65_HS1-834228961_62-HQ-83894_Section_9
Agency: FBI
Page 198
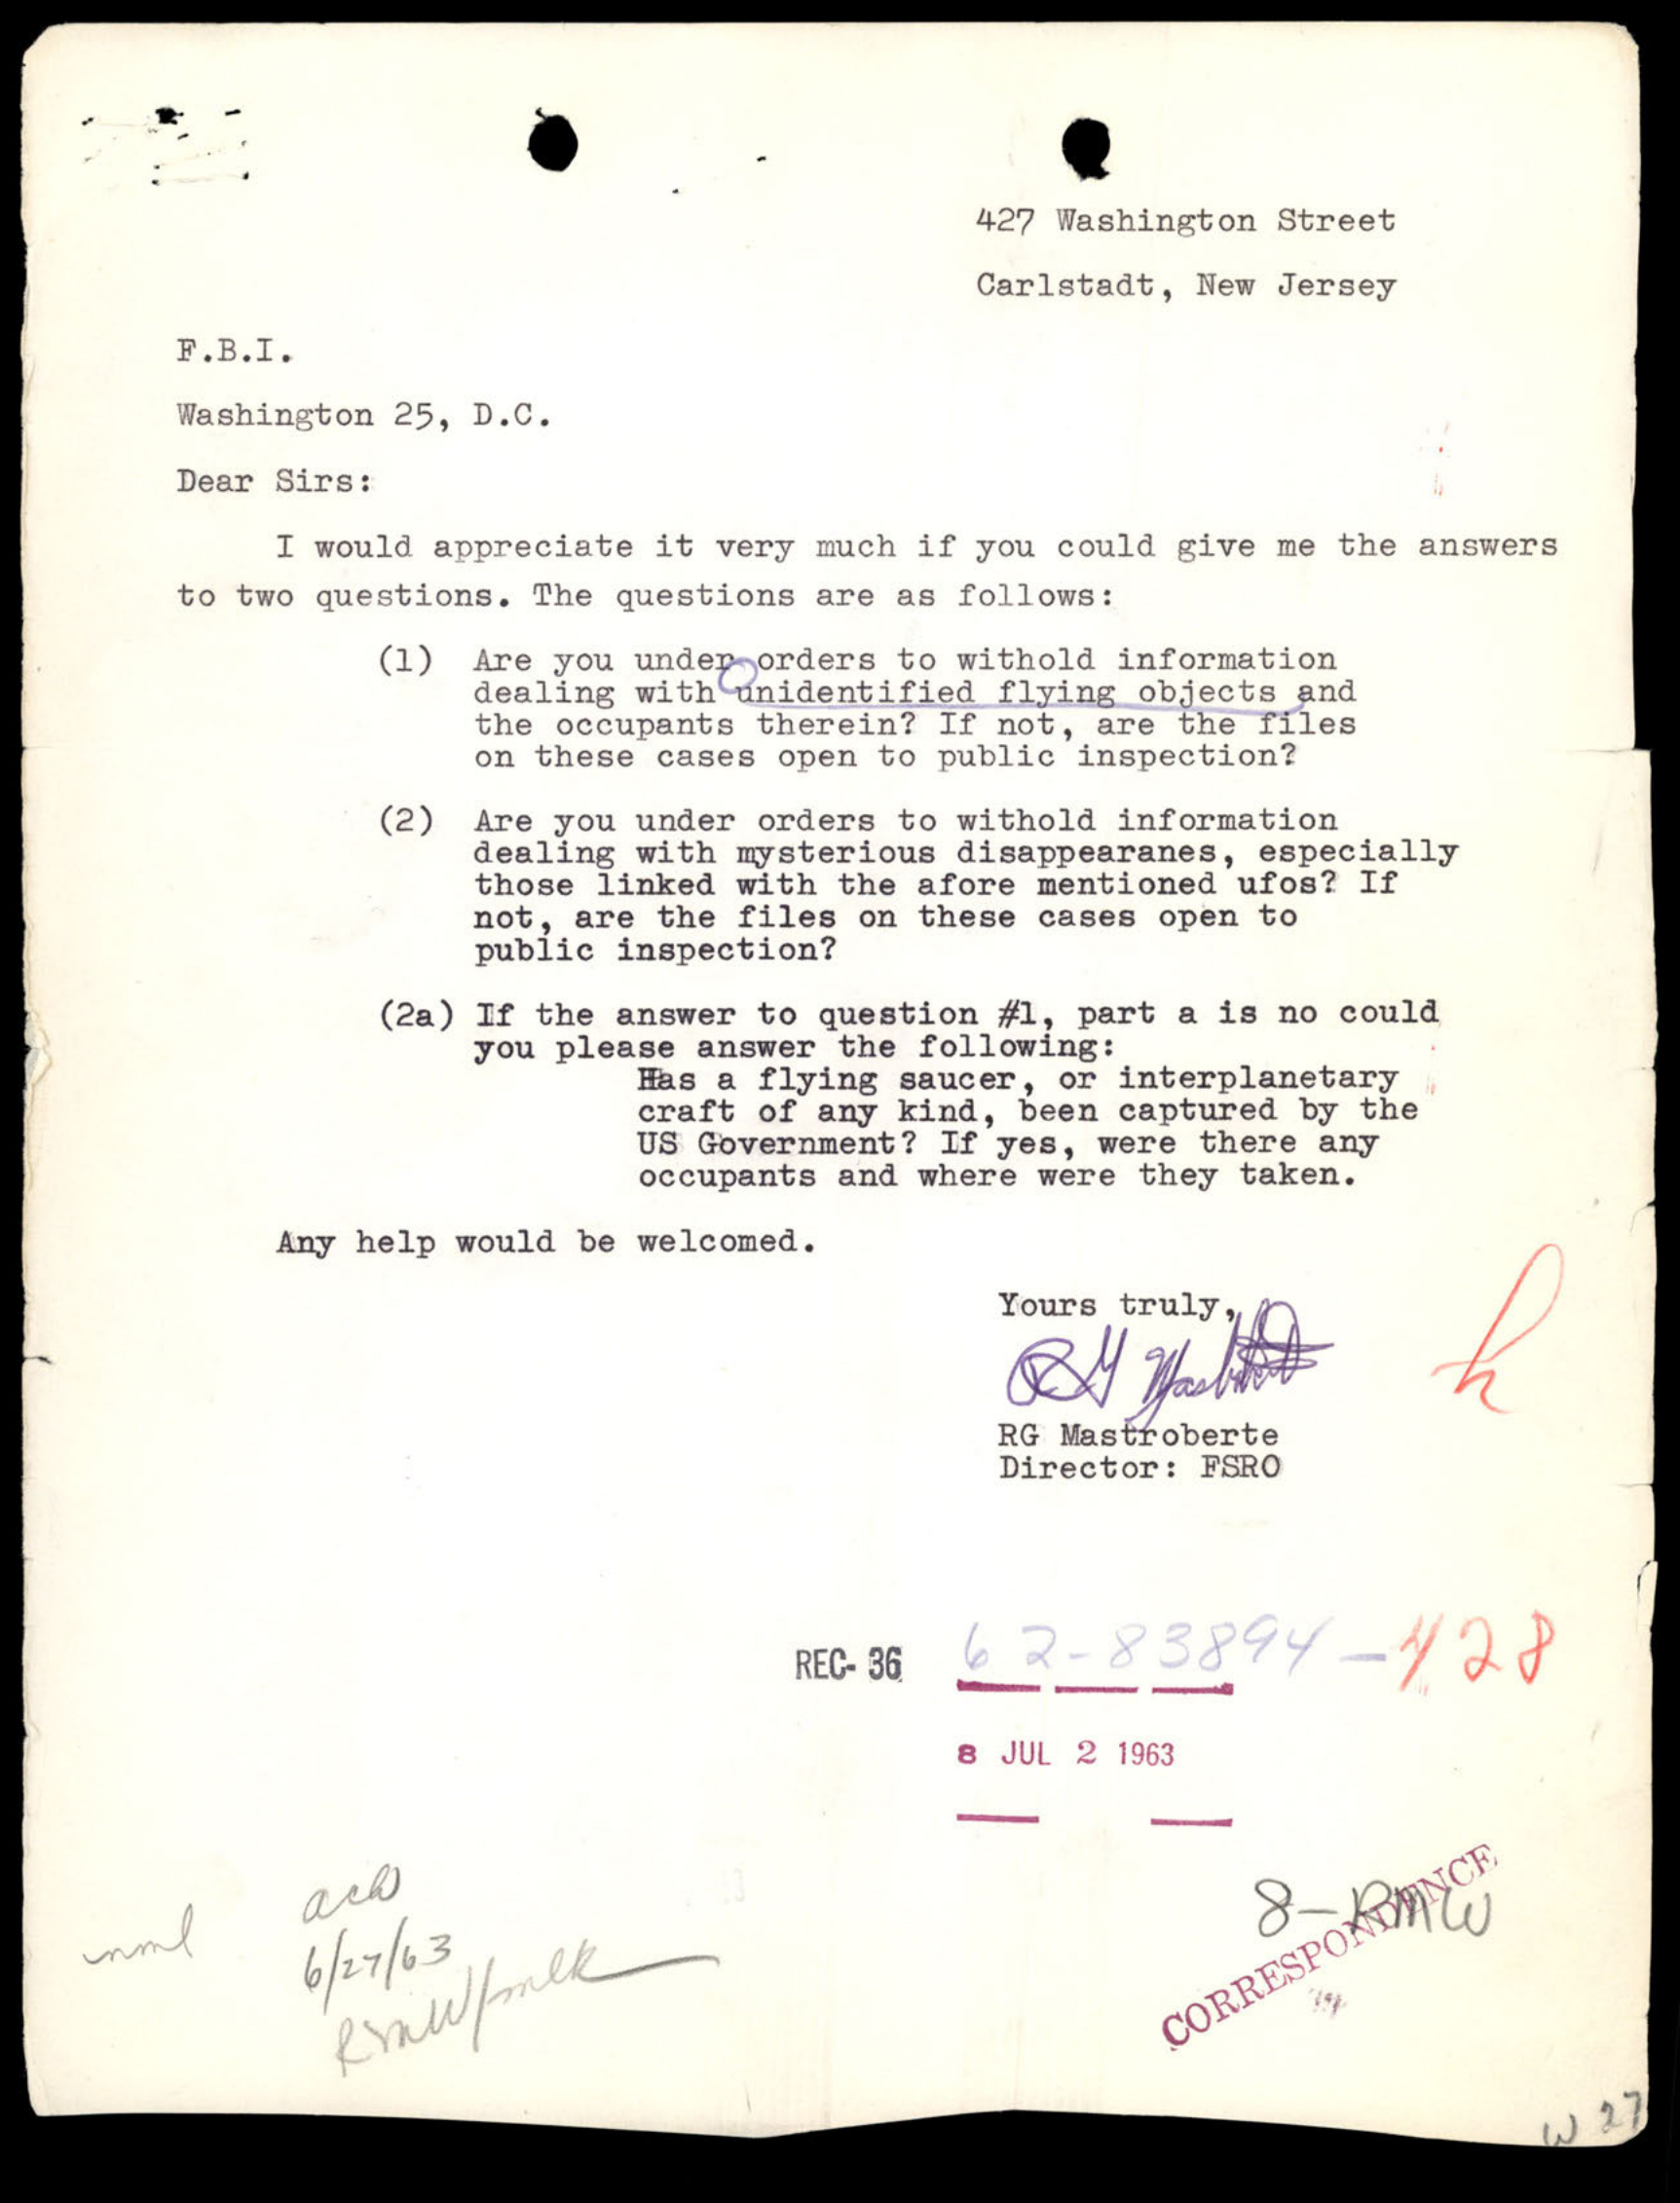